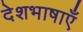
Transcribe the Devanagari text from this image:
देशभाषाएँ